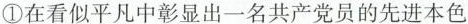
①在看似平凡中彰显出一名共产党员的先进本色